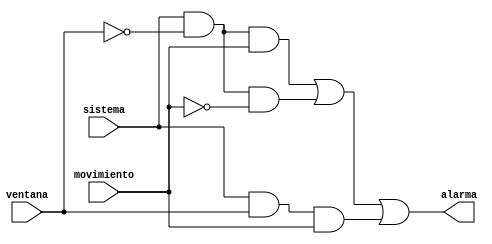
module AlarmaPOS(input wire sistema, ventana, movimiento, output wire alarma);
    wire w1,w2,w3;
    assign w1 = sistema & ~ventana & movimiento;
    assign w2 = sistema & ~ventana & ~movimiento;
    assign w3 = sistema & ventana  & movimiento;
    assign alarma  = w1 |  w2 | w3 ;
endmodule

module AlarmaSOP(input wire sistema, ventana,movimiento, output wire alarma);
    wire notS,notV,notM;
    wire w1,w2,w3,w4,w5;
    //negaciones
    not N1(notS, sistema);
    not N2(notV, ventana);
    not N3(notM, movimiento);
    //sumas
    or O1(w1,sistema,ventana,movimiento);
    or O2(w2,sistema,ventana,notM);
    or O3(w3,sistema,notV, movimiento);
    or O4(w4,sistema,notV,notM);
    or O5(w5,notS,notV,movimiento);
    //multiplicacion
    and A1(alarma, w1,w2,w3,w4,w5);
endmodule

module AlarmaKarnaught(input wire sistema, ventana,movimiento, output wire alarma);
    assign alarma = (sistema & movimiento) | (sistema & ~ventana);
endmodule